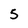
Character: 5